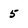
Character: 5